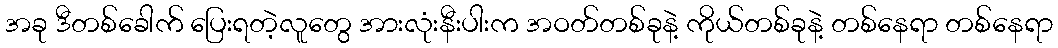
အခု ဒီတစ်ခေါက် ပြေးရတဲ့လူတွေ အားလုံးနီးပါးက အဝတ်တစ်ခုနဲ့ ကိုယ်တစ်ခုနဲ့ တစ်နေရာ တစ်နေရာ